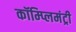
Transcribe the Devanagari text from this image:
कॉम्प्लिमंट्री